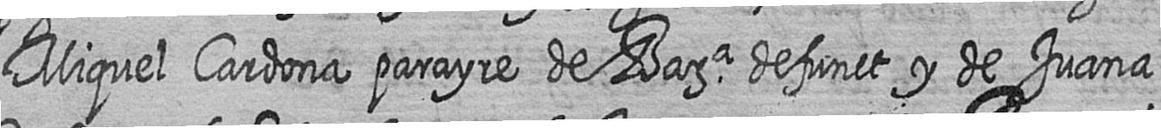
Miquel Cardona parayre de Bara defunct y de Juana